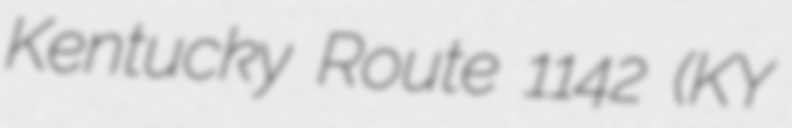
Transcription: Kentucky Route 1142 (KY